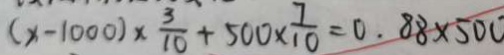
( x - 1 0 0 0 ) \times \frac { 3 } { 1 0 } + 5 0 0 \times \frac { 7 } { 1 0 } = 0 . 8 8 \times 5 0 0